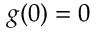
g ( 0 ) = 0